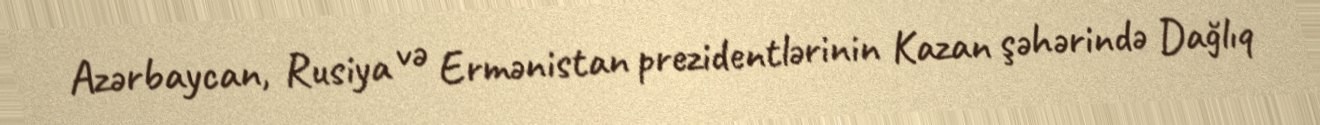
Azərbaycan, Rusiya və Ermənistan prezidentlərinin Kazan şəhərində Dağlıq